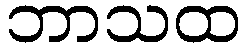
ဘာသထ